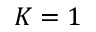
{ K } = 1